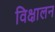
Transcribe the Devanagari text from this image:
विक्षालन